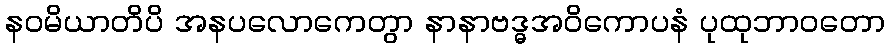
နဝမိယာတိပိ အနပလောကေတွာ နာနာဗဒ္ဓအဝိကောပနံ ပုထုဘာဝတော